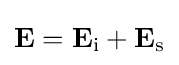
\mathbf {E} =\mathbf {E} _{\text{i}}+\mathbf {E} _{\text{s}}